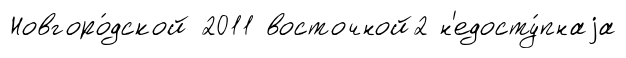
Новгоро́дской 2011 восточной2 н'едосту́пнаjа